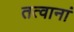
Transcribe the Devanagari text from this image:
तत्वानां